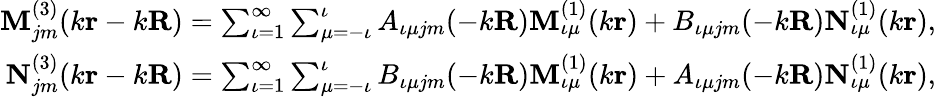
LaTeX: \begin{array}{r}{\mathbf{M}_{jm}^{(3)}(k{\mathbf{r}}-k{\mathbf{R}})=\sum_{\iota=1}^{\infty}\sum_{\mu=-\iota}^{\iota}A_{\iota\mu jm}(-k{\mathbf{R}})\mathbf{M}_{\iota\mu}^{(1)}(k{\mathbf{r}})+B_{\iota\mu jm}(-k{\mathbf{R}})\mathbf{N}_{\iota\mu}^{(1)}(k{\mathbf{r}}),}\\ {\mathbf{N}_{jm}^{(3)}(k{\mathbf{r}}-k{\mathbf{R}})=\sum_{\iota=1}^{\infty}\sum_{\mu=-\iota}^{\iota}B_{\iota\mu jm}(-k{\mathbf{R}})\mathbf{M}_{\iota\mu}^{(1)}(k{\mathbf{r}})+A_{\iota\mu jm}(-k{\mathbf{R}})\mathbf{N}_{\iota\mu}^{(1)}(k{\mathbf{r}}),}\end{array}